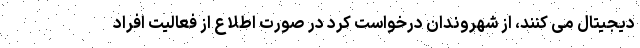
دیجیتال می کنند، از شهروندان درخواست کرد در صورت اطلاع از فعالیت افراد